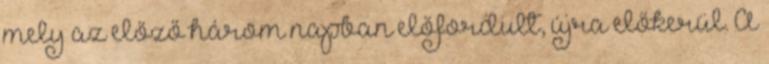
mely az előző három napban előfordult, újra előkerül. A